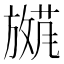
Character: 𫿕